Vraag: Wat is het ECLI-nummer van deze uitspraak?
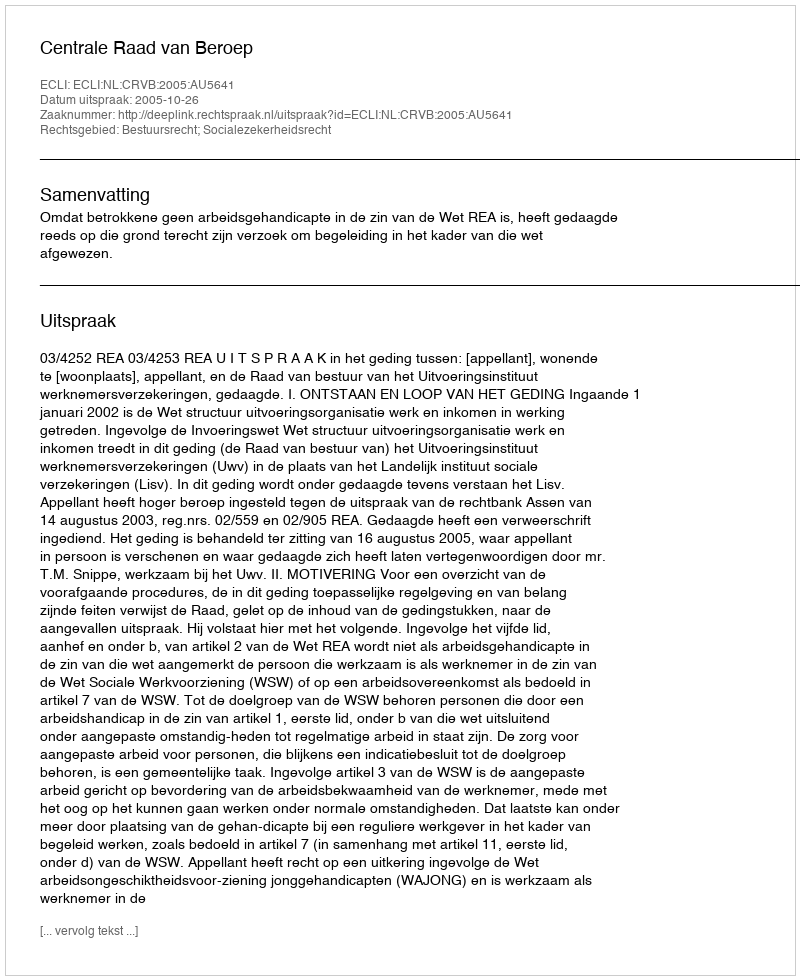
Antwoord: ECLI:NL:CRVB:2005:AU5641